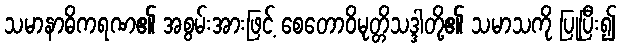
သမာနာဓိကရဏ၏ အစွမ်းအားဖြင့် စေတောဝိမုတ္တိသဒ္ဒါတို့၏ သမာသကို ပြုပြီး၍